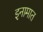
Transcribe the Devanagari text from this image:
इनामात